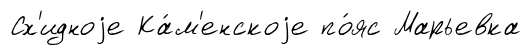
Сх'идноjе Ка́м'енскоjе по́яс Марьевка